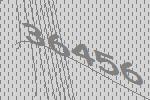
36456